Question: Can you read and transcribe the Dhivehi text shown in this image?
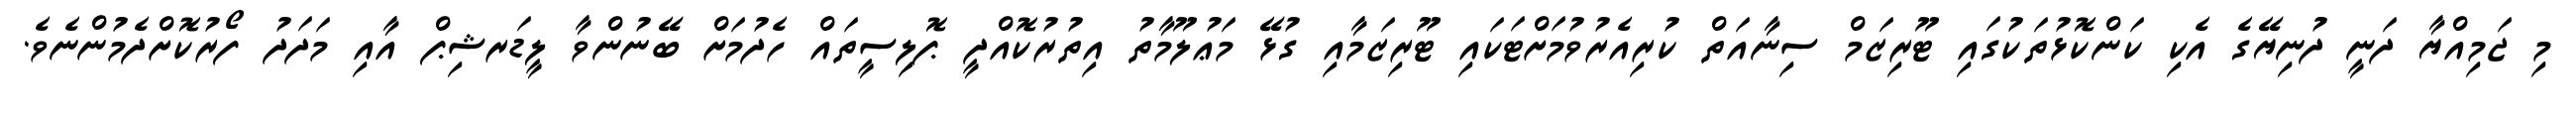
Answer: މި ޖަމިއްޔާ ދަނީ ދުނިޔޭގެ އެކި ކަންކޮޅުތަކުގައި ޓޫރިޒަމް ސިނާއަތް ކުރިއެރުވުމަށްޓަކައި ޓޫރިޒަމާއި ގުޅޭ މަޢުލޫމާތު އިތުރުކޮއްދީ ޕޮލިސީތައް ހެދުމަށް ބޭނުންވާ ލީޑަރޝިޕް އާއި މަދަދު ފޯރުކޮށްދެމުންނެވެ.